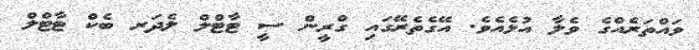
ވައްތަރެއްގެ ވެލާ އުޅެއެވެ. އޭގެތެރޭގައި ގްރީން ސީ ޓާޓްލް ލެދަރ ބެކް ޓާޓްލް